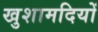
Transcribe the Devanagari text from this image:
खुशामदियों